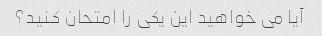
آیا می خواهید این یکی را امتحان کنید؟